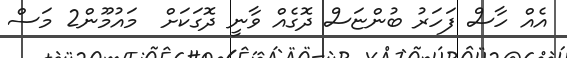
އެއް ހާސް ފަހަރު ބުންޏަސް ދޮގެއް ވާނީ ދޮގަކަށް  މައުމޫން2 މަސް